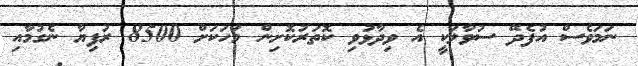
ނަމަވެސް އުފެދޭ ސުވާލަކީ އެ ވިދާޅުވި ކޮތަރުކޮށިން މަހަަކަށް 8500 ރުފިޔާ ނެގުމާއި